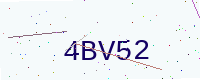
Text: 4BV52